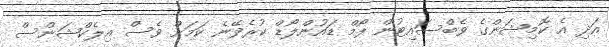
އަދި އެ ކޮމިޝަންގެ ވެބްސައިޓުން ފޯމް ޑައުންލޯޑް ކުރެވޭނެ ކަމަށް ވެސް އިލެކްޝަންސް